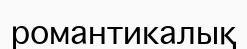
романтикалық